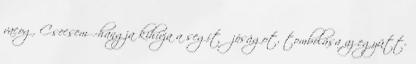
vacog. Csecsemő-hangja kihívja a segítő jóságot, tombolása az együtt-